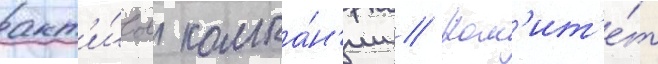
акт'и́вов компа́н'ии // Ком'ит'е́т